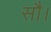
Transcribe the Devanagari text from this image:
सौ।